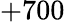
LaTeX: +700